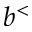
b ^ { < }